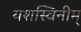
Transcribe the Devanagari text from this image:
यशस्विनीम्‌